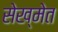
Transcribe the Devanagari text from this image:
सेख्मेत